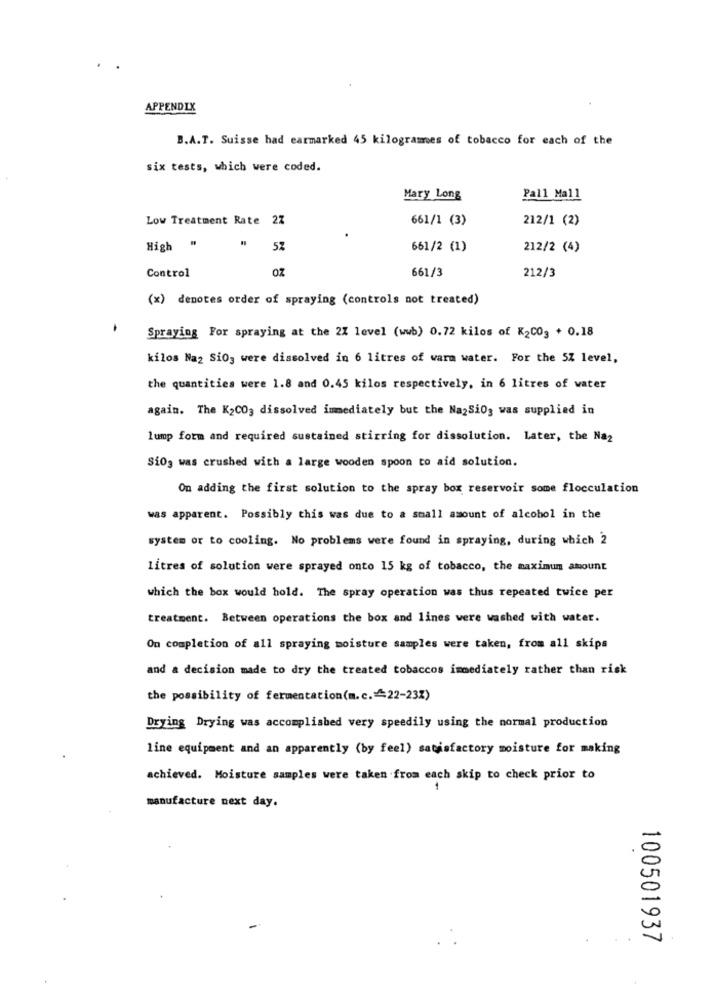
APPENDIX
B.A.T. Suisse had earmarked 45 kilogrames of tobacco for each of the
six tests, which were coded.
Mary Long
Pall Mall
Low Treatment Rate 27
661/1 (3)
212/1 (2)
High "
52
661/2 (1)
212/2 (4)
OZ
661/3
Control
212/3
(x) denotes order of spraying (controls not treated)
Spraying For spraying at the 2% level (wwb) 0.72 kilos of K2CO3 + 0.18
kilos Na2 Si03 were dissolved in 6 litres of warm water. For the 5Z level,
the quantities were 1.8 and 0.45 kilos respectively, in 6 litres of water
again. The K2CO3 dissolved immediately but the NazSiOg was supplied in
lump form and required sustained stirring for dissolution. Later, the Na2
Siog was crushed with a large wooden spoon to aid solution.
On adding the first solution to the spray box reservoir some flocculation
was apparent. Possibly this was due to a small amount of alcohol in the
system or to cooling. No problems were found in spraying, during which 2
litres of solution were sprayed onto 15 kg of tobacco, the maximum amount
which the box would hold. The spray operation was thus repeated twice per
treatment. Between operations the box and lines were washed with water.
On completion of all spraying moisture samples were taken, from all skips
and a decision made to dry the treated tobaccos immediately rather than risk
the possibility of fermentation(m.c. 22-23%)
Drying Drying was accomplished very speedily using the normal production
line equipment and an apparently (by feel) satisfactory moisture for making
achieved. Moisture samples were taken from each skip to check prior to
manufacture next day.
100501937